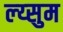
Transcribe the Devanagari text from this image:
ल्य्सुम